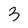
Character: 3